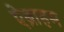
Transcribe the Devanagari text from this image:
ऐब्राहम